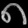
Digit: ၈